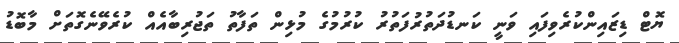
ޔޮޓް ޑިޒައިންކުރެވިފައި ވަނީ ކަނޑުދަތުރުފަތުރު ކުރުމުގެ މުޅިން ތަފާތު ތަޖުރިބާއެއް ކުރެވޭނެގޮތަށް މާބޮޑު